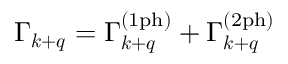
\Gamma _ { \boldsymbol { k } + \boldsymbol { q } } = \Gamma _ { \boldsymbol { k } + \boldsymbol { q } } ^ { ( \mathrm { 1 p h } ) } + \Gamma _ { \boldsymbol { k } + \boldsymbol { q } } ^ { ( \mathrm { 2 p h } ) }